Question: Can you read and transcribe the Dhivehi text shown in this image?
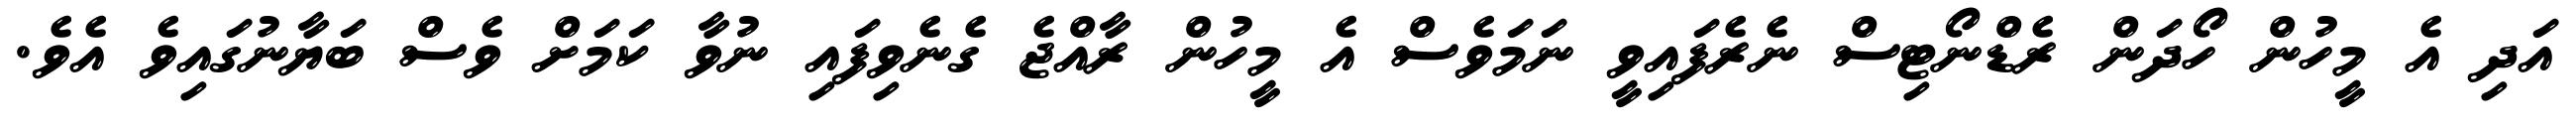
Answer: އަދި އެ މީހުން ހޯދަން ރެޑްނޯޓިސް ނެރެފައިވީ ނަމަވެސް އެ މީހުން ރާއްޖެ ގެނެވިފައި ނުވާ ކަމަށް ވެސް ބަޔާނުގައިވެ އެވެ.